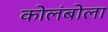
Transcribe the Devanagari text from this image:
कोलंबोला